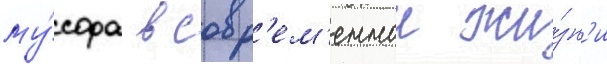
му́сора в совр'ем'еннои жи́зн'и